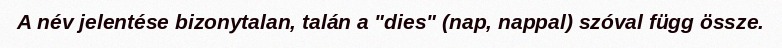
A név jelentése bizonytalan, talán a "dies" (nap, nappal) szóval függ össze.